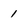
Character: 1